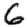
Digit: 6